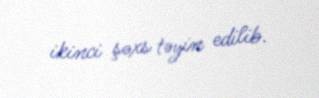
ikinci şəxs təyin edilib.